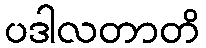
ပဒါလတာတိ